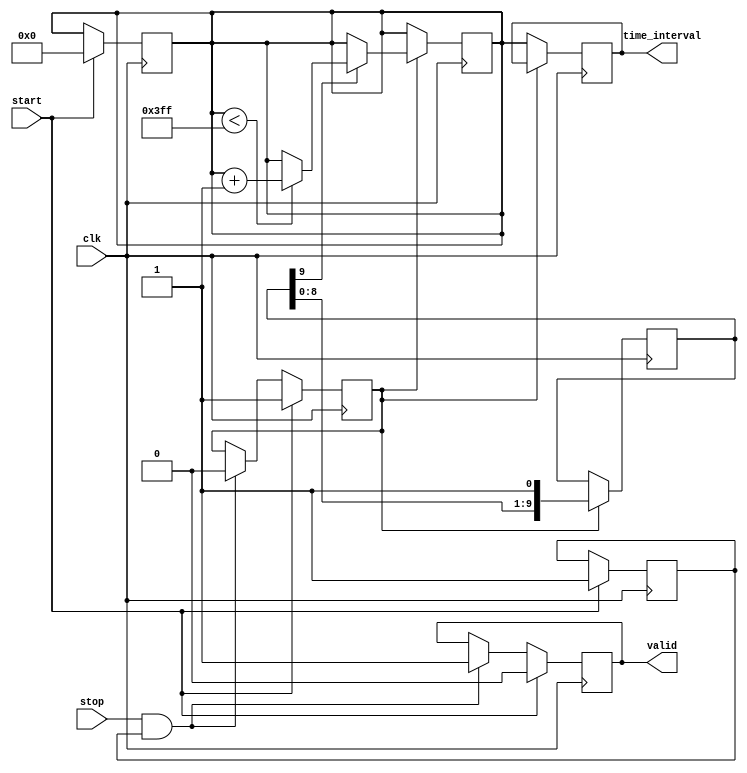
module TDC (
    input wire clk,          // High-frequency clock input
    input wire start,        // Start signal
    input wire stop,         // Stop signal
    output reg [9:0] time_interval, // 10-bit output for time interval
    output reg valid         // Output valid signal
);

    // Parameters
    parameter DELAY_STAGES = 10; // Number of delay stages
    parameter MAX_COUNT = 10'd1023; // Maximum count value for 10-bit output

    // Internal signals
    reg [DELAY_STAGES-1:0] delay_line; // Delay line for time measurement
    reg [9:0] counter;                  // Digital counter
    reg counting;                       // Counting state
    reg start_detected;                // Start signal detected
    reg stop_detected;                 // Stop signal detected

    // Clock generation (for simulation purposes, assume clk is provided externally)

    // Start and Stop signal detection
    always @(posedge clk) begin
        if (start) begin
            start_detected <= 1'b1;
            stop_detected <= 1'b0;
            counter <= 10'd0; // Reset counter on start
            counting <= 1'b1; // Start counting
            valid <= 1'b0;    // Output not valid until stop
        end else if (stop && start_detected) begin
            stop_detected <= 1'b1;
            counting <= 1'b0; // Stop counting
            valid <= 1'b1;    // Output valid
        end
    end

    // Delay line implementation
    always @(posedge clk) begin
        if (counting) begin
            // Shift the delay line
            delay_line <= {delay_line[DELAY_STAGES-2:0], 1'b1};
            if (delay_line[DELAY_STAGES-1]) begin
                if (counter < MAX_COUNT) begin
                    counter <= counter + 1; // Increment counter
                end
            end
        end else begin
            // Capture the time interval on stop
            time_interval <= counter; // Output the counter value
        end
    end

    // Output buffer (tri-state buffer can be implemented if needed)
    // Here we simply assign the output directly
    always @(posedge clk) begin
        if (valid) begin
            // Output is valid, can be used externally
            // Additional logic can be added here for buffering if needed
        end
    end

endmodule